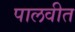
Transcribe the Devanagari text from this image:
पालवीत